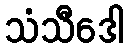
သံသီဒေါ